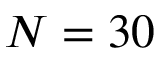
N = 3 0